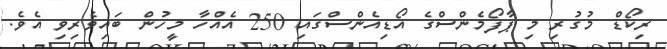
ރިކޯޑް މުގުރި މި ޕާފޯމެންސްގެ އޯޑިއެންސްގައި 250 އެއްހާ މީހުން ބައިވެރިވި އެވެ.